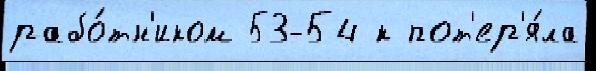
рабо́тн'иком 53-54 к пот'ер'я́ла